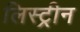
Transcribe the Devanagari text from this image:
लिस्ट्रीन